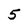
Character: 5